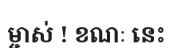
ម្ចាស់ ! ខណៈ នេះ